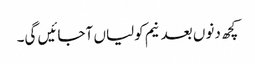
کچھ دنوں بعد نیم کولیاں آجائیں گی۔